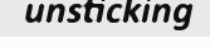
unsticking